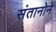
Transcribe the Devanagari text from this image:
संतानोने